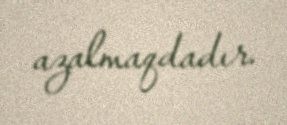
azalmaqdadır.